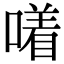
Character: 𪢂